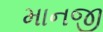
માનજી